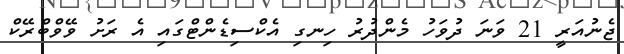
ޖެނުއަރީ 21 ވަނަ ދުވަހު މެންދުރު ހިނގި އެކްސިޑެންޓްގައި އެ ރަށު ވޭވްބްރޭކް